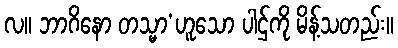
လ။ ဘာဂိနော တသ္မာ’ဟူသော ပါဌ်ကို မိန့်သတည်း။